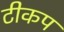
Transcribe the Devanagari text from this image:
टीकप